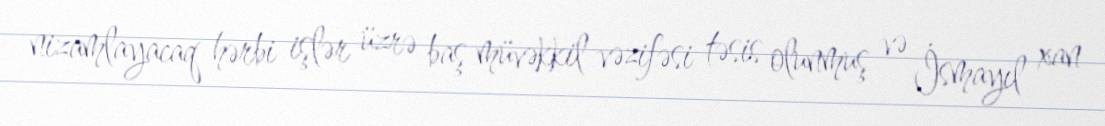
nizamlayacaq hərbi işlər üzrə baş müvəkkil vəzifəsi təsis olunmuş və İsmayıl xan